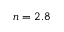
n = 2 . 8